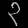
Digit: ၃